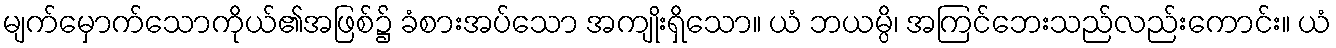
မျက်မှောက်သောကိုယ်၏အဖြစ်၌ ခံစားအပ်သော အကျိုးရှိသော။ ယံ ဘယမ္ပိ၊ အကြင်ဘေးသည်လည်းကောင်း။ ယံ